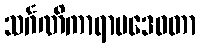
သင်္ဂဏိကာရာမဒေဝတာ